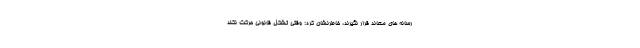
رسانه های معاند قرار نگیرند، خاطرنشان کرد: وقتی تشکل قانونی حرکت نکند